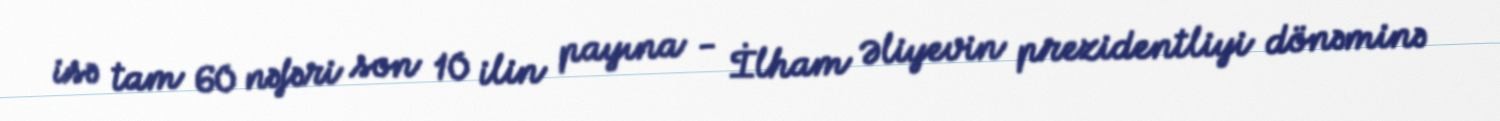
isə tam 60 nəfəri son 10 ilin payına - İlham Əliyevin prezidentliyi dönəminə